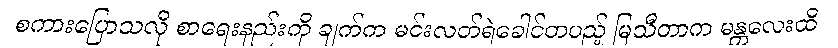
စကားပြောသလို စာရေးနည်းကို ချက်က မင်းလတ်ရဲခေါင်တပည့် မြသီတာက မန္တလေးထိ